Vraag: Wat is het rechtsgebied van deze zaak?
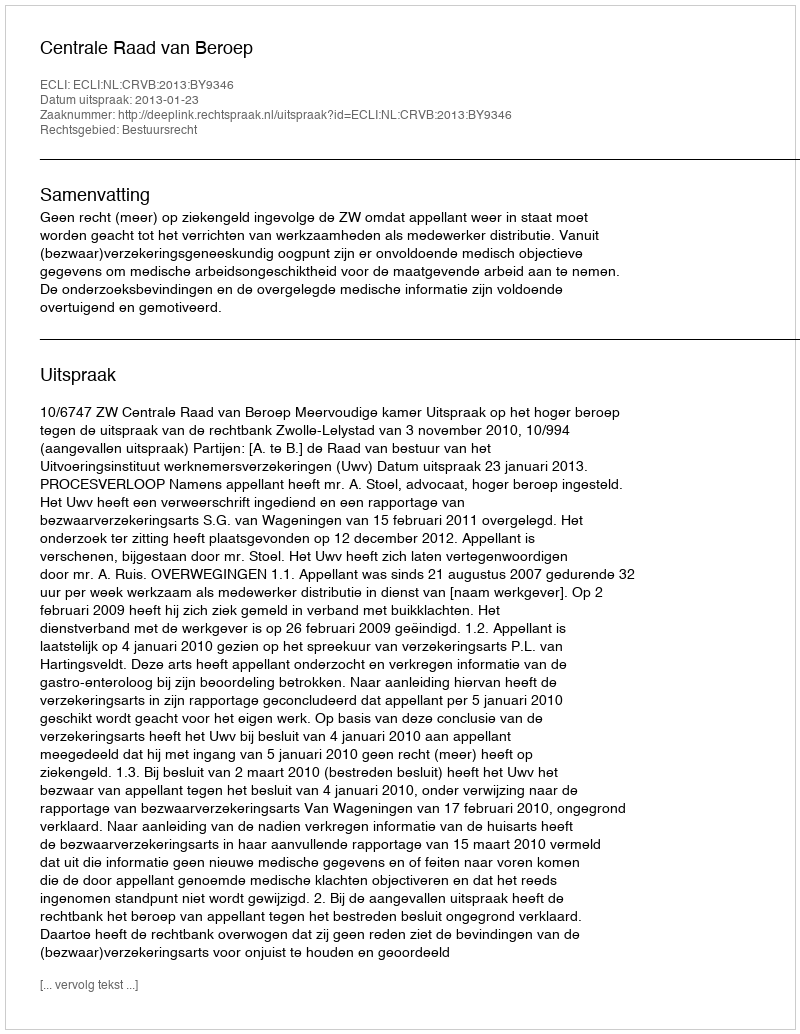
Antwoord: Bestuursrecht